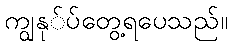
ကျွနု်ပ်တွေ့ရပေသည်။